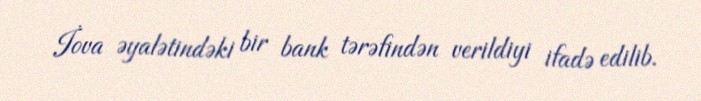
İova əyalətindəki bir bank tərəfindən verildiyi ifadə edilib.